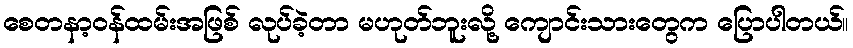
စေတနာ့ဝန်ထမ်းအဖြစ် လုပ်ခဲ့တာ မဟုတ်ဘူးလို့ ကျောင်းသားတွေက ပြောပါတယ်။